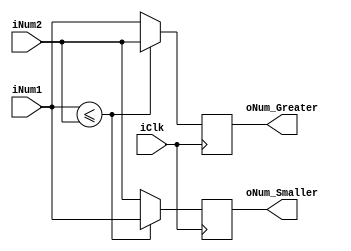

module comparison (

	input 	    iClk,
	//input       iRst_n,
	input [7:0] iNum1,
	input [7:0] iNum2,

	output reg [7:0] oNum_Smaller,
	output reg [7:0] oNum_Greater
);

	always@ (posedge iClk) begin
		if (iNum1 <= iNum2) begin
			oNum_Smaller <=  iNum1;
			oNum_Greater <=  iNum2;
		end
		else begin
			oNum_Smaller <=  iNum2;
			oNum_Greater <=  iNum1;
		end
	end

endmodule